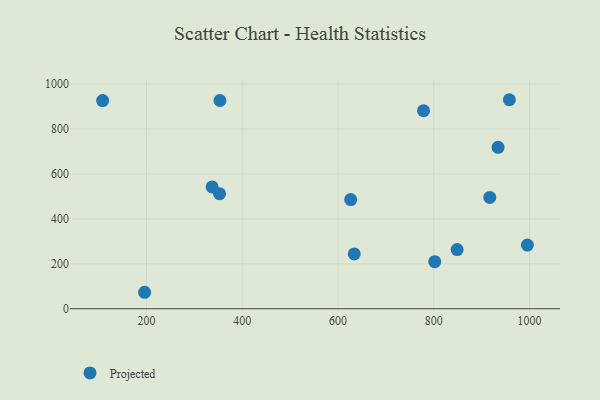
{"axis": {"x": "Distance", "y": "Yield"}, "legend": ["Projected"], "data": [{"x": "353.4", "y": 926.7, "type": "Projected"}, {"x": "778.6", "y": 881.2, "type": "Projected"}, {"x": "337.1", "y": 541.9, "type": "Projected"}, {"x": "108.4", "y": 926.5, "type": "Projected"}, {"x": "995.4", "y": 283.4, "type": "Projected"}, {"x": "352.6", "y": 511.7, "type": "Projected"}, {"x": "957.8", "y": 930.1, "type": "Projected"}, {"x": "626.4", "y": 485.6, "type": "Projected"}, {"x": "633.9", "y": 243.8, "type": "Projected"}, {"x": "916.9", "y": 495.4, "type": "Projected"}, {"x": "848.7", "y": 263.4, "type": "Projected"}, {"x": "934.2", "y": 718.1, "type": "Projected"}, {"x": "196.1", "y": 73.3, "type": "Projected"}, {"x": "802.0", "y": 209.5, "type": "Projected"}]}